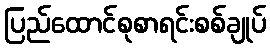
ပြည်ထောင်စုစာရင်းစစ်ချုပ်